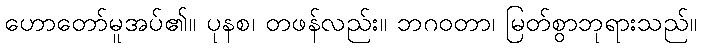
ဟောတော်မူအပ်၏။ ပုနစ၊ တဖန်လည်း။ ဘဂဝတာ၊ မြတ်စွာဘုရားသည်။